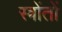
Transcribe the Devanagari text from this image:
स्त्रोंतों